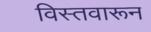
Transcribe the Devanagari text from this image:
विस्तवारून